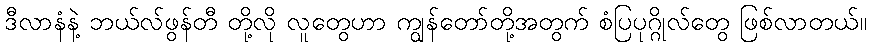
ဒီလာနံနဲ့ ဘယ်လ်ဖွန်တီ တို့လို လူတွေဟာ ကျွန်တော်တို့အတွက် စံပြပုဂ္ဂိုလ်တွေ ဖြစ်လာတယ်။